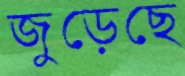
জুড়েছে